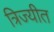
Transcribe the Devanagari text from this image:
त्रिज्यीत